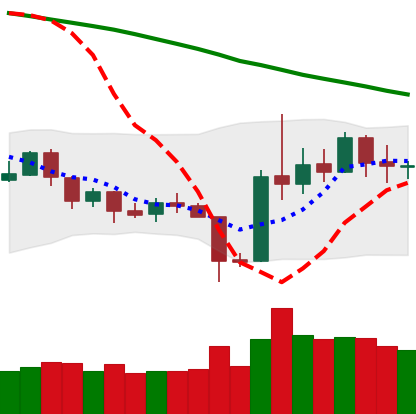
Ticker: ETH-USD
Chart end date: 2019-11-01
Forward return: 4.144%
Label: up_3_5